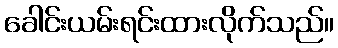
ခေါင်းယမ်းရင်းထားလိုက်သည်။